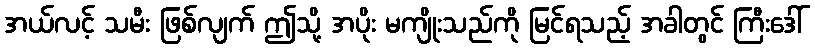
အယ်လင့် သမီး ဖြစ်လျက် ဤသို့ အပိုး မကျိုးသည်ကို မြင်ရသည့် အခါတွင် ကြီးဒေါ်